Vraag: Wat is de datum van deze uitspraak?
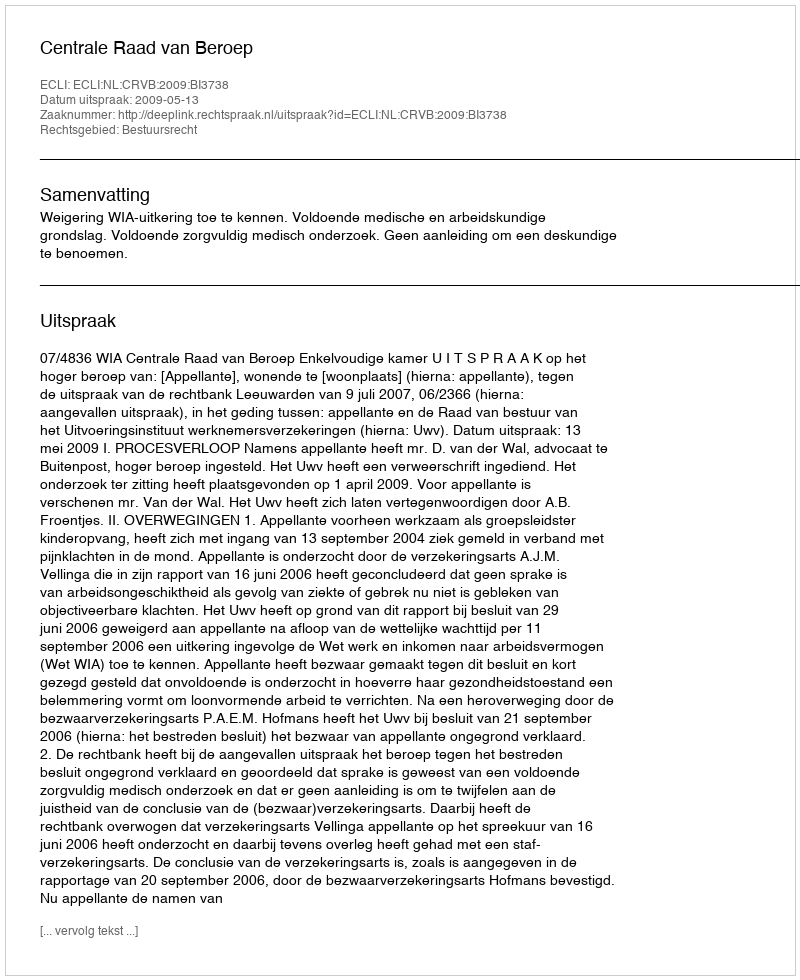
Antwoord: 2009-05-13